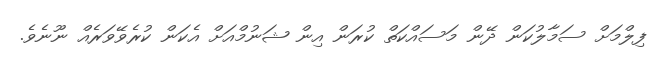
ފިލްމަށް ސަމާލުކަން ދޭން މަސައްކަތް ކުރަން އިން ޝަނުމްއަށް އެކަން ކުރެވޭވަރެއް ނޫނެވެ.